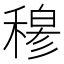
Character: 𥡆